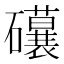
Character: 𥗨